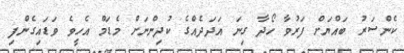
ކެންސަރު ބައްޔަށް ފަރުވާ ހޯދާ ގިނަ އަދަދެއްގެ ކުދިންނަށް މެޑަމް އެހީވެ ވަޑައިގެންފި